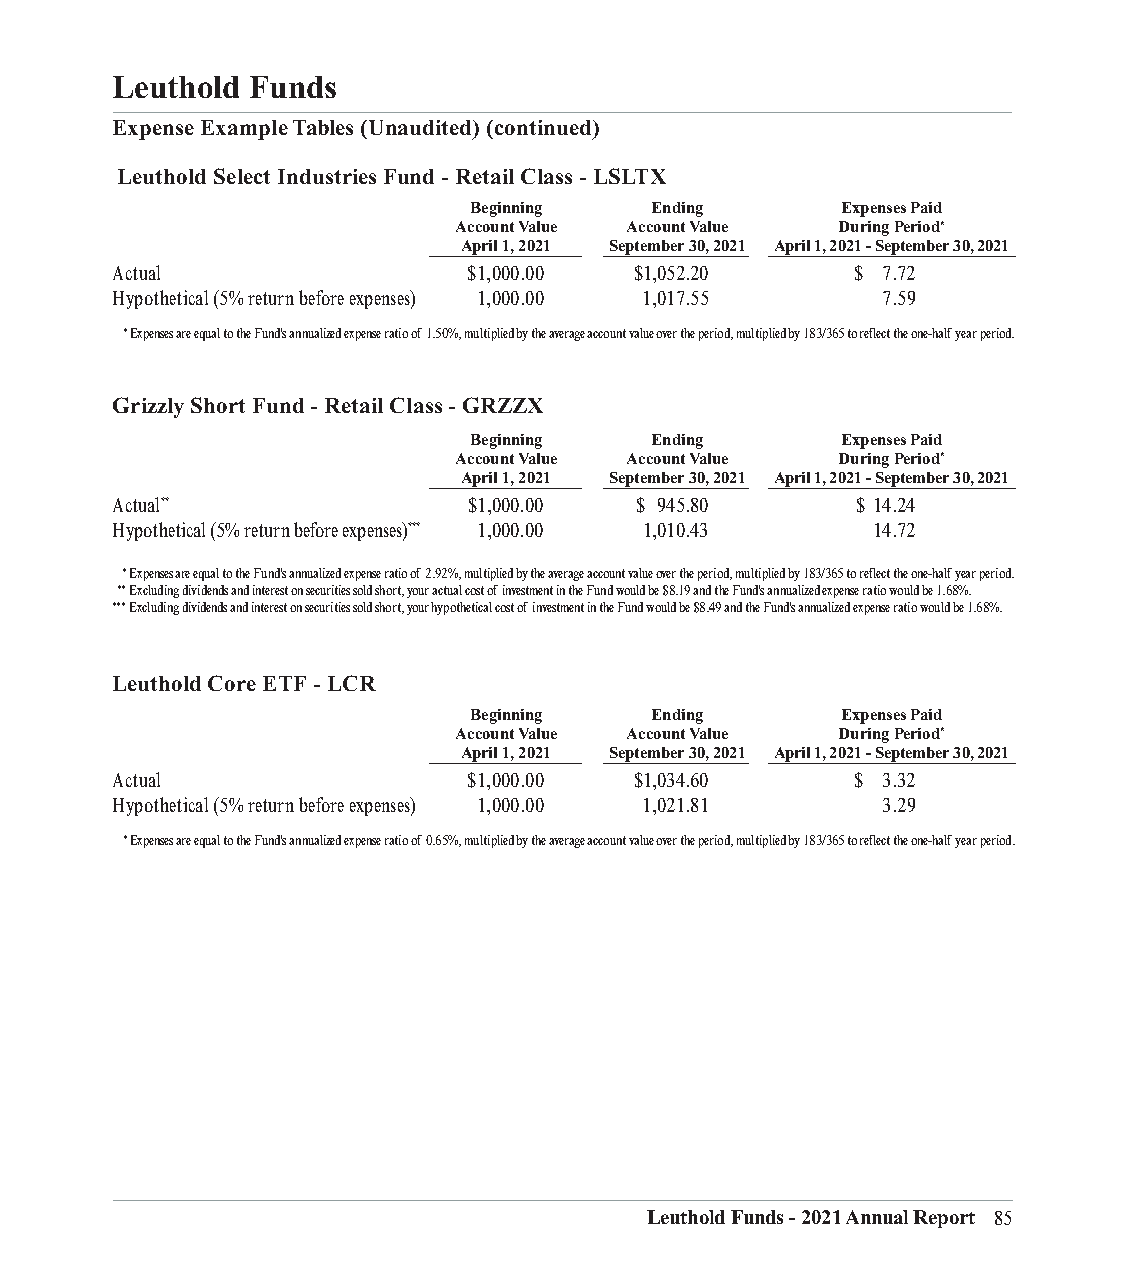
Leuthold Funds
 Expense Example Tables (Unaudited) (continued)
 Leuthold Select Industries Fund - Retail Class - LSLTX
 Beginning   Ending       Expenses Paid
 Account Value Account Value During Period*
 April 1, 2021 September 30, 2021 April 1, 2021 - September 30, 2021
 ___________________________ __________________________ ____________________________________________
 Actual                  $1,000.00  $1,052.20      $ 7.72
 Hypothetical (5% return before expenses) 1,000.00 1,017.55 7.59
 * Expenses are equal to the Fund's annualized expense ratio of 1.50%, multiplied by the average account value over the period, multiplied by 183/365 to reflect the one-half year period.
 Grizzly Short Fund - Retail Class - GRZZX
 Beginning   Ending       Expenses Paid
 Account Value Account Value During Period*
 April 1, 2021 September 30, 2021 April 1, 2021 - September 30, 2021
 ___________________________ __________________________ ____________________________________________
 Actual**                $1,000.00  $ 945.80       $ 14.24
 Hypothetical (5% return before expenses)*** 1,000.00 1,010.43 14.72
 * Expenses are equal to the Fund's annualized expense ratio of 2.92%, multiplied by the average account value over the period, multiplied by 183/365 to reflect the one-half year period.
 ** Excluding dividends and interest on securities sold short, your actual cost of investment in the Fund would be $8.19 and the Fund's annualized expense ratio would be 1.68%.
 *** Excluding dividends and interest on securities sold short, your hypothetical cost of investment in the Fund would be $8.49 and the Fund's annualized expense ratio would be 1.68%.
 Leuthold Core ETF - LCR
 Beginning   Ending       Expenses Paid
 Account Value Account Value During Period*
 April 1, 2021 September 30, 2021 April 1, 2021 - September 30, 2021
 ___________________________ __________________________ ____________________________________________
 Actual                  $1,000.00  $1,034.60      $ 3.32
 Hypothetical (5% return before expenses) 1,000.00 1,021.81 3.29
 * Expenses are equal to the Fund's annualized expense ratio of 0.65%, multiplied by the average account value over the period, multiplied by 183/365 to reflect the one-half year period.
 Leuthold Funds - 2021 Annual Report 85